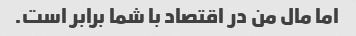
اما مال من در اقتصاد با شما برابر است.